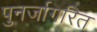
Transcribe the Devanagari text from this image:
पुनर्जागरित